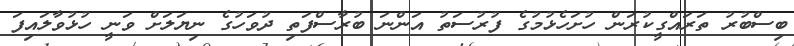
ބިސްބުރު ތަރައްގީކުރަން ހުށަހެޅުމުގެ ފުރުސަތު އަންނަ ބުރާސްފަތި ދުވަހުގެ ނިޔަލަށް ވަނީ ހުޅުވާލައިފަ